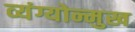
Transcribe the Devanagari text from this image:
व्यंग्योन्मुख